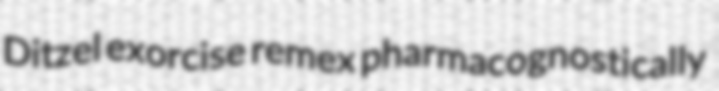
Ditzel exorcise remex pharmacognostically